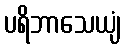
ပရိဘာသေယျံ